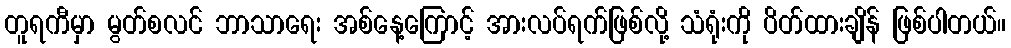
တူရကီမှာ မွတ်စလင် ဘာသာရေး အစ်နေ့ကြောင့် အားလပ်ရက်ဖြစ်လို့ သံရုံးကို ပိတ်ထားချိန် ဖြစ်ပါတယ်။